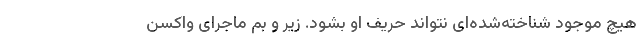
هیچ موجود شناخته‌شده‌ای نتواند حریف او بشود. زیر و بم ماجرای واکسن